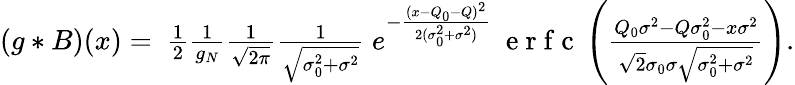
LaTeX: \begin{array}{r}{(g*B)(x)=\ \frac{1}{2}\frac{1}{g_{N}}\frac{1}{\sqrt{2\pi}}\frac{1}{\sqrt{\sigma_{0}^{2}+\sigma^{2}}}\ e^{-\frac{(x-Q_{0}-Q)^{2}}{2(\sigma_{0}^{2}+\sigma^{2})}}\ \mathrm{~e~r~f~c~}\left(\frac{Q_{0}\sigma^{2}-Q\sigma_{0}^{2}-x\sigma^{2}}{\sqrt{2}\sigma_{0}\sigma\sqrt{\sigma_{0}^{2}+\sigma^{2}}}\right).}\end{array}